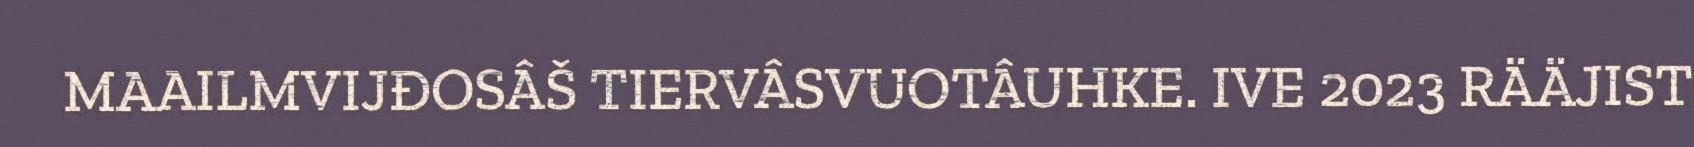
MAAILMVIJĐOSÂŠ TIERVÂSVUOTÂUHKE. IVE 2023 RÄÄJIST